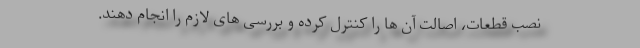
نصب قطعات، اصالت آن ها را کنترل کرده و بررسی های لازم را انجام دهند.